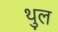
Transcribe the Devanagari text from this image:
थुल